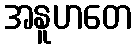
အနူဟတေ